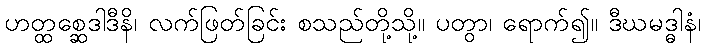
ဟတ္ထစ္ဆေဒါဒီနိ၊ လက်ဖြတ်ခြင်း စသည်တို့သို့။ ပတွာ၊ ရောက်၍။ ဒီဃမဒ္ဓါနံ၊